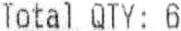
TOTAL QTY: 6